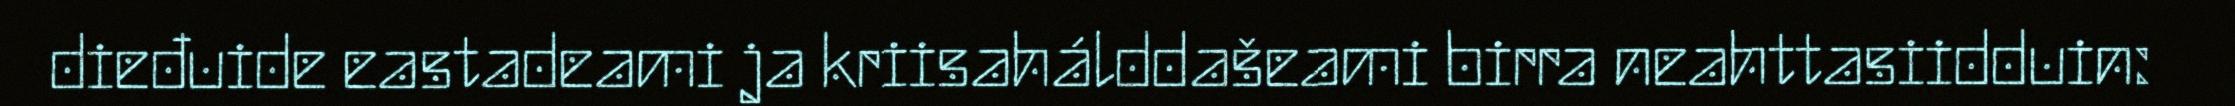
dieđuide eastadeami ja kriisahálddašeami birra neahttasiidduin: